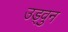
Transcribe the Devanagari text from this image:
उड्वुन